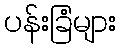
ပန်းခြံများ